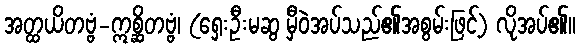
အတ္ထယိတဗ္ဗံ-ဣစ္ဆိတဗ္ဗံ၊ (ရှေးဦးမဆွ မှီဝဲအပ်သည်၏အစွမ်းဖြင့်) လိုအပ်၏။